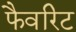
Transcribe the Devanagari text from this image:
फैवरिट